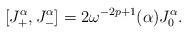
LaTeX: \begin{align*}[J_+^\alpha , J_-^\alpha] = 2\omega^{-2p+1}(\alpha)J_0^\alpha. \end{align*}